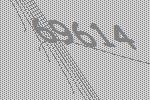
69614